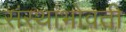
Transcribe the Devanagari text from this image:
संस्थांभोवती